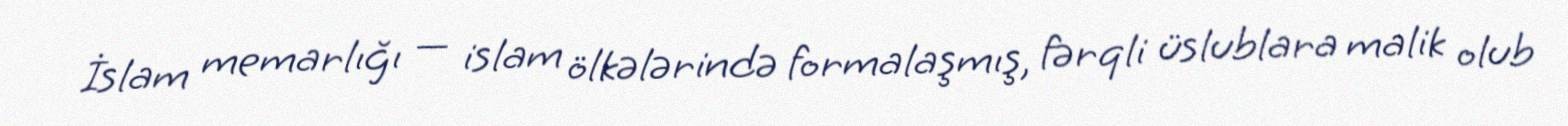
İslam memarlığı — islam ölkələrində formalaşmış, fərqli üslublara malik olub